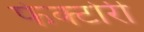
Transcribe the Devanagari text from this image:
फेक्टोरी